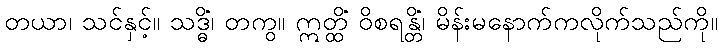
တယာ၊ သင်နှင့်။ သဒ္ဓိံ၊ တကွ။ ဣတ္ထိံ ဝိစရန္တိံ၊ မိန်းမနောက်ကလိုက်သည်ကို။